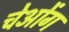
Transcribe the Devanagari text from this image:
चेओंग